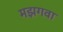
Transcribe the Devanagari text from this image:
मझगवा